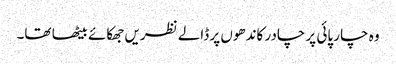
وہ چار پائی پر چادر کاندھوں پر ڈالے نظریں جھکائے بیٹھا تھا۔